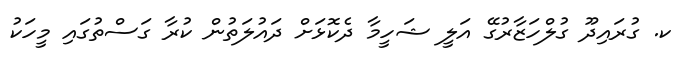
ކ. ގުރައިދޫ ގުލްހަޒާރުގޭ އަލީ ޝަހީމާ ދެކޮޅަށް ދައުލަތުން ކުރާ ގަސްތުގައި މީހަކު